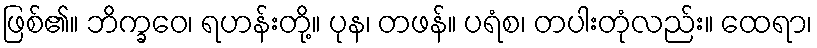
ဖြစ်၏။ ဘိက္ခဝေ၊ ရဟန်းတို့။ ပုန၊ တဖန်။ ပရံစ၊ တပါးတုံလည်း။ ထေရာ၊